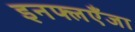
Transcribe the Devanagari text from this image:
इनफ्लएँजा